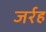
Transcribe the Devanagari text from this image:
जर्रह